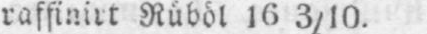
raffinirt Rüböl 16 3/10.